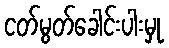
ငတ်မွတ်ခေါင်းပါးမှု